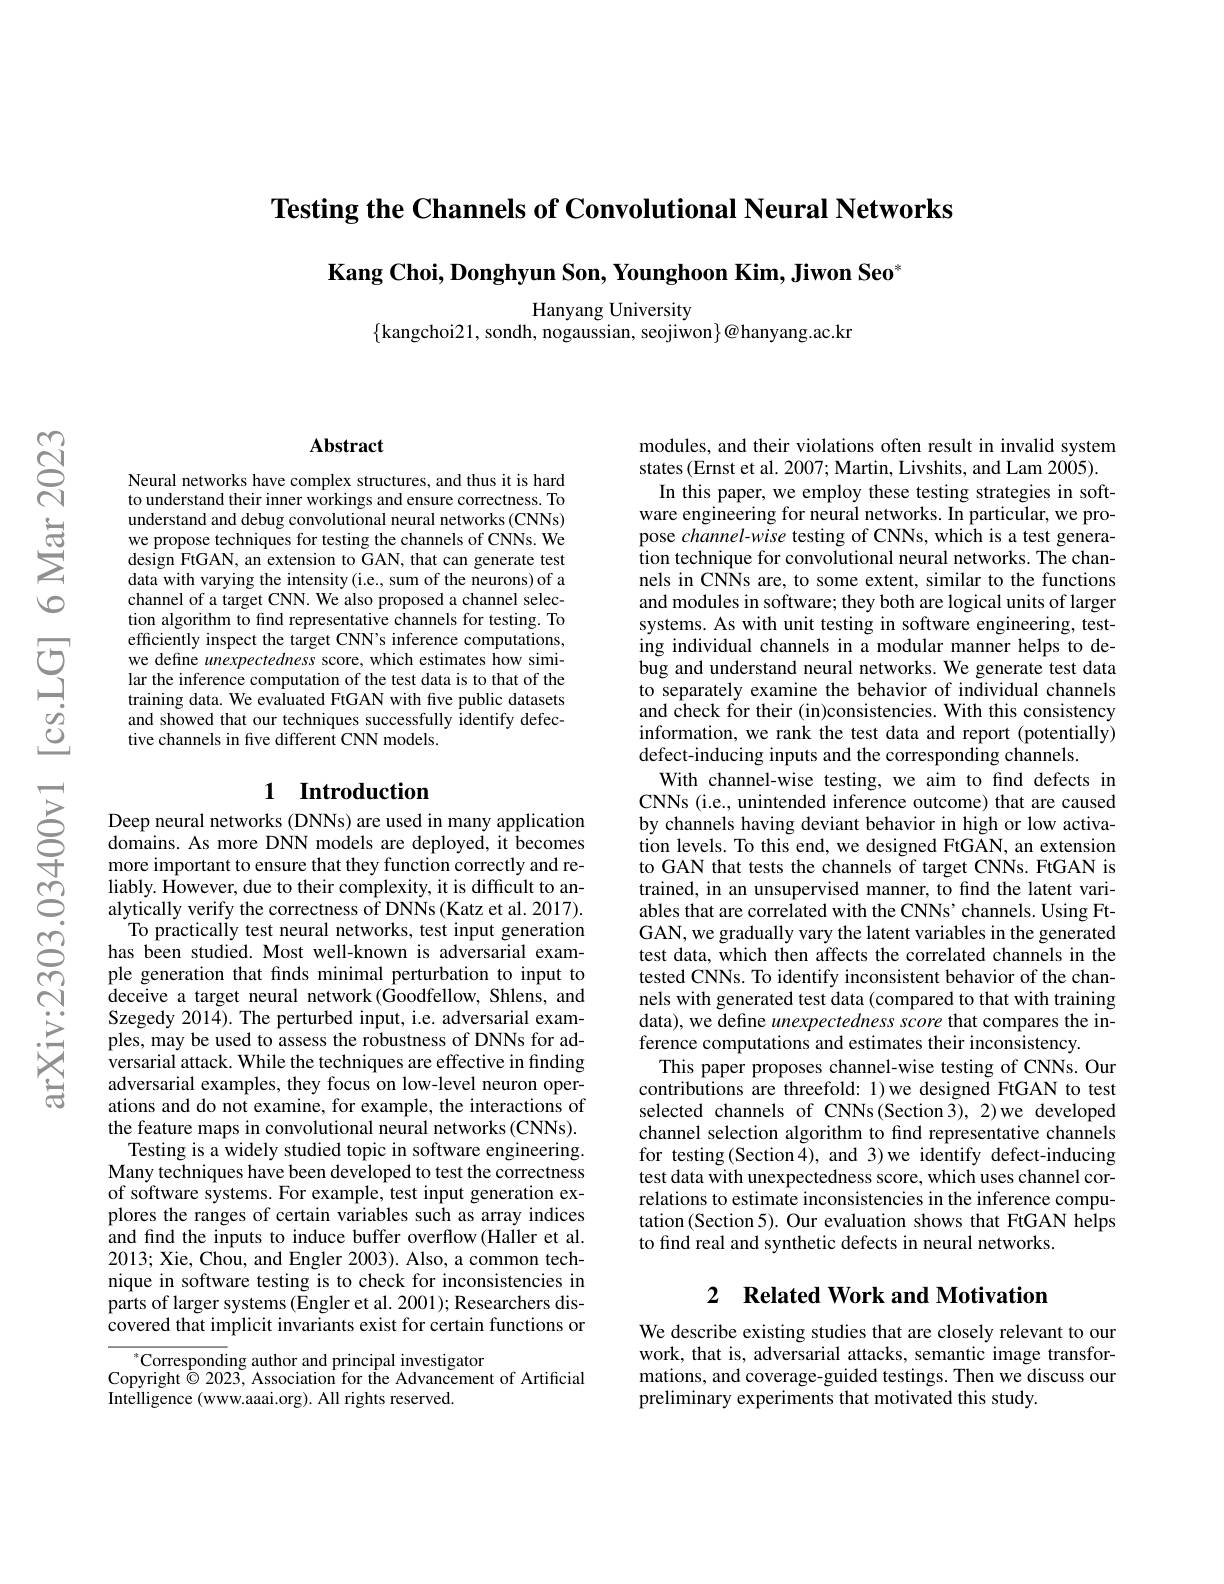
Testing the Channels of Convolutional Neural Networks

$\textbf{Kang Choi, Donghyun Son, Younghoon Kim, Jiwon Seo}^{*}$

Hanyang University
$\{$kangchoi21, sondh, nogaussian, seojiwon$\}@$hanyang.ac.kr

### $\mathbf{Abstract}$

Neural networks have complex structures, and thus it is hard to understand their inner workings and ensure correctness. To understand and debug convolutional neural networks (CNNs) we propose techniques for testing the channels of CNNs. We design FtGAN, an extension to GAN, that can generate test data with varying the intensity(i.e., sum of the neurons) of a channel of a target CNN. We also proposed a channel selection algorithm to find representative channels for testing. To efficiently inspect the target CNN's inference computations, we define unexpectedness score, which estimates how similar the inference computation of the test data is to that of the training data. We evaluated FtGAN with five public datasets and showed that our techniques successfully identify defective channels in five different CNN models.

## 1 Introduction

Deep neural networks (DNNs) are used in many application domains. As more DNN models are deployed, it becomes more important to ensure that they function correctly and reliably. However, due to their complexity, it is difficult to analytically verify the correctness of DNNs (Katz et al. 2017). To practically test neural networks, test input generation
has been studied. Most well-known is adversarial example generation that finds minimal perturbation to input to deceive a target neural network(Goodfellow, Shlens, and Szegedy 2014). The perturbed input, i.e. adversarial examples, may be used to assess the robustness of DNNs for adversarial attack. While the techniques are effective in finding adversarial examples, they focus on low-level neuron operations and do not examine, for example, the interactions of the feature maps in convolutional neural networks (CNNs). Testing is a widely studied topic in software engineering. Many techniques have been developed to test the correctness of software systems. For example, test input generation explores the ranges of certain variables such as array indices and find the inputs to induce buffer overflow(Haller et al. 2013; Xie, Chou, and Engler 2003). Also, a common technique in software testing is to check for inconsistencies in parts of larger systems (Engler et al. 2001); Researchers discovered that implicit invariants exist for certain functions or
$^*$Corresponding author and principal investigator

Copyright $\dot{\odot}$ 2023, Association for the Advancement of Artificial
Intelligence (www.aaai.org). All rights reserved.

modules, and their violations often result in invalid system states (Ernst et al. 2007; Martin, Livshits, and Lam 2005).
In this paper, we employ these testing strategies in software engineering for neural networks. In particular, we propose channel-wise testing of CNNs, which is a test generation technique for convolutional neural networks. The channels in CNNs are, to some extent, similar to the functions and modules in software; they both are logical units of larger systems. As with unit testing in software engineering, testing individual channels in a modular manner helps to debug and understand neural networks. We generate test data to separately examine the behavior of individual channels and check for their (in)consistencies. With this consistency information, we rank the test data and report (potentially) defect-inducing inputs and the corresponding channels.
With channel-wise testing, we aim to find defects in CNNs (i.e., unintended inference outcome) that are caused by channels having deviant behavior in high or low activation levels. To this end, we designed FtGAN, an extension to GAN that tests the channels of target CNNs. FtGAN is trained, in an unsupervised manner, to find the latent variables that are correlated with the CNNs'channels. Using FtGAN, we gradually vary the latent variables in the generated test data, which then affects the correlated channels in the tested CNNs. To identify inconsistent behavior of the channels with generated test data (compared to that with training data), we define unexpectedness score that compares the inference computations and estimates their inconsistency.
This paper proposes channel-wise testing of CNNs. Our contributions are threefold: 1)we designed FtGAN to test selected channels of CNNs(Section3), 2)we developed channel selection algorithm to find representative channels for testing(Section4), and 3)we identify defect-inducing test data with unexpectedness score, which uses channel correlations to estimate inconsistencies in the inference computation(Section 5). Our evaluation shows that FtGAN helps to find real and synthetic defects in neural networks.

# 2 Related Work and Motivation

We describe existing studies that are closely relevant to our work, that is, adversarial attacks, semantic image transformations, and coverage-guided testings. Then we discuss our preliminary experiments that motivated this study.